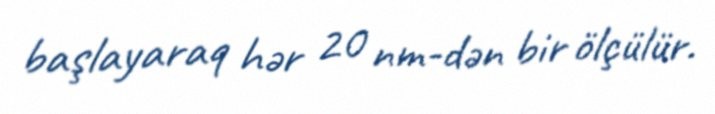
başlayaraq hər 20 nm-dən bir ölçülür.